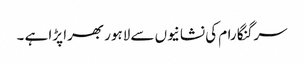
سرگنگا رام کی نشانیوں سے لاہور بھرا پڑا ہے ۔